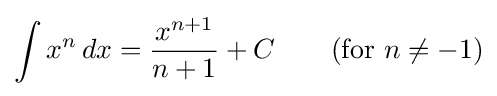
\int x^{n}\,dx={\frac {x^{n+1}}{n+1}}+C\qquad {\text{(for }}n\neq -1{\text{)}}